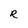
Character: R